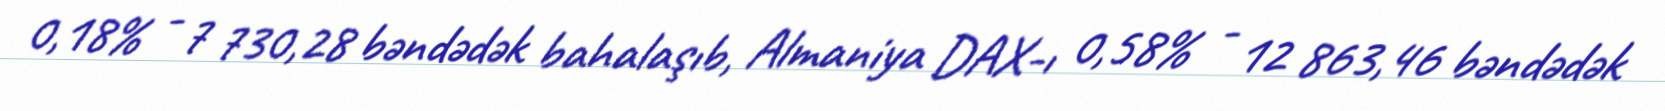
0,18% - 7 730,28 bəndədək bahalaşıb, Almaniya DAX-ı 0,58% - 12 863,46 bəndədək